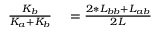
\begin{array} { r l } { \frac { K _ { b } } { K _ { a } + K _ { b } } } & { { } = \frac { 2 * L _ { b b } + L _ { a b } } { 2 L } } \end{array}